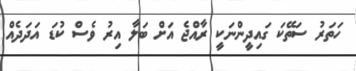
ހަތަރު ސަތޭކަ ގައިދީންނަކީ ރާއްޖެ އަށް ބަލާ އިރު ވެސް ކުޑަ އަދަދެއް